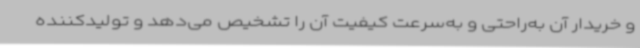
و خریدار آن به‌راحتی و به‌سرعت کیفیت آن را تشخیص می‌دهد و تولیدکننده